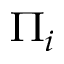
\Pi _ { i }